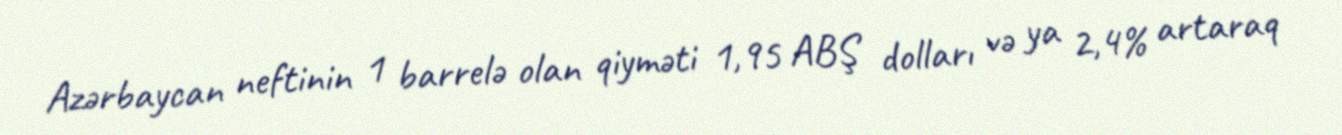
Azərbaycan neftinin 1 barrelə olan qiyməti 1,95 ABŞ dolları və ya 2,4% artaraq